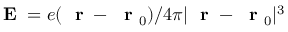
\mathrm { ~ \bf ~ E ~ } = e ( \mathrm { ~ \bf ~ r ~ } - \mathrm { ~ \bf ~ r ~ } _ { 0 } ) / 4 \pi | \mathrm { ~ \bf ~ r ~ } - \mathrm { ~ \bf ~ r ~ } _ { 0 } | ^ { 3 }